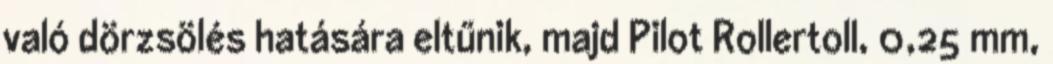
való dörzsölés hatására eltűnik, majd Pilot Rollertoll, 0,25 mm,